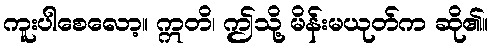
ကူးပါစေလော့။ ဣတိ၊ ဤသို့ မိန်းမယုတ်က ဆို၏။